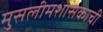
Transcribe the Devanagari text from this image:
मुसलीमशासकाची